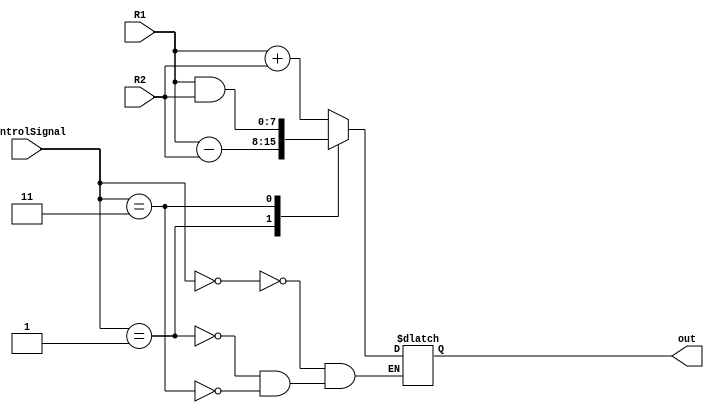
module ALU(input [7:0] R1, R2, input [1:0] controlSignal, output reg[7:0] out);
  always @(*) begin
    case (controlSignal)
    	0: out = R1 + R2;
    	1: out = R1 - R2;
    	3: out = R1 & R2;
    	5: out = ~R1;
    endcase
  end
endmodule